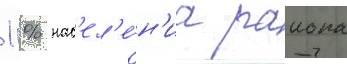
1 % нас'ел'е́н'иа раиона